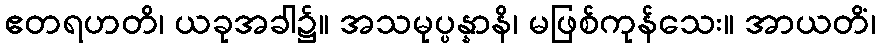
ဧတရဟတိ၊ ယခုအခါ၌။ အသမုပ္ပန္နာနိ၊ မဖြစ်ကုန်သေး။ အာယတိံ၊